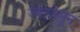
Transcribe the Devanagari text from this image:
ज्यापासुन